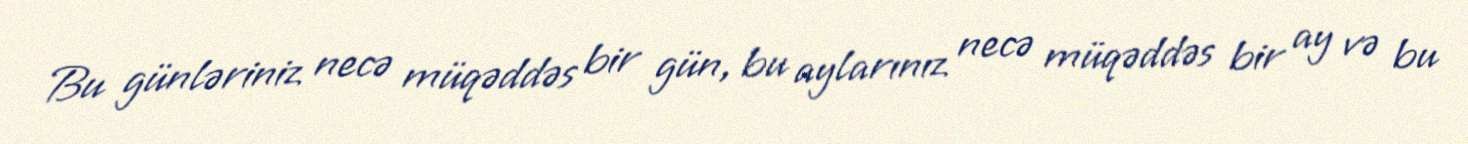
Bu günləriniz necə müqəddəs bir gün, bu aylarınız necə müqəddəs bir ay və bu